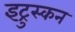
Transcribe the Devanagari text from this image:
इट्रुस्कन